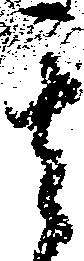
其